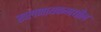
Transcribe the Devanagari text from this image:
खलनायकमधील